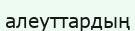
алеуттардың